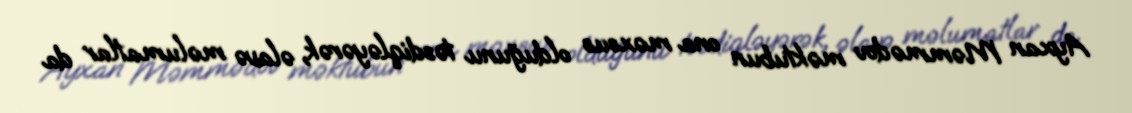
Ayxan Məmmədov məktubun ona məxsus olduğunu təsdiqləyərək, əlavə məlumatlar da